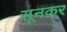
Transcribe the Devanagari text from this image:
सूनकर